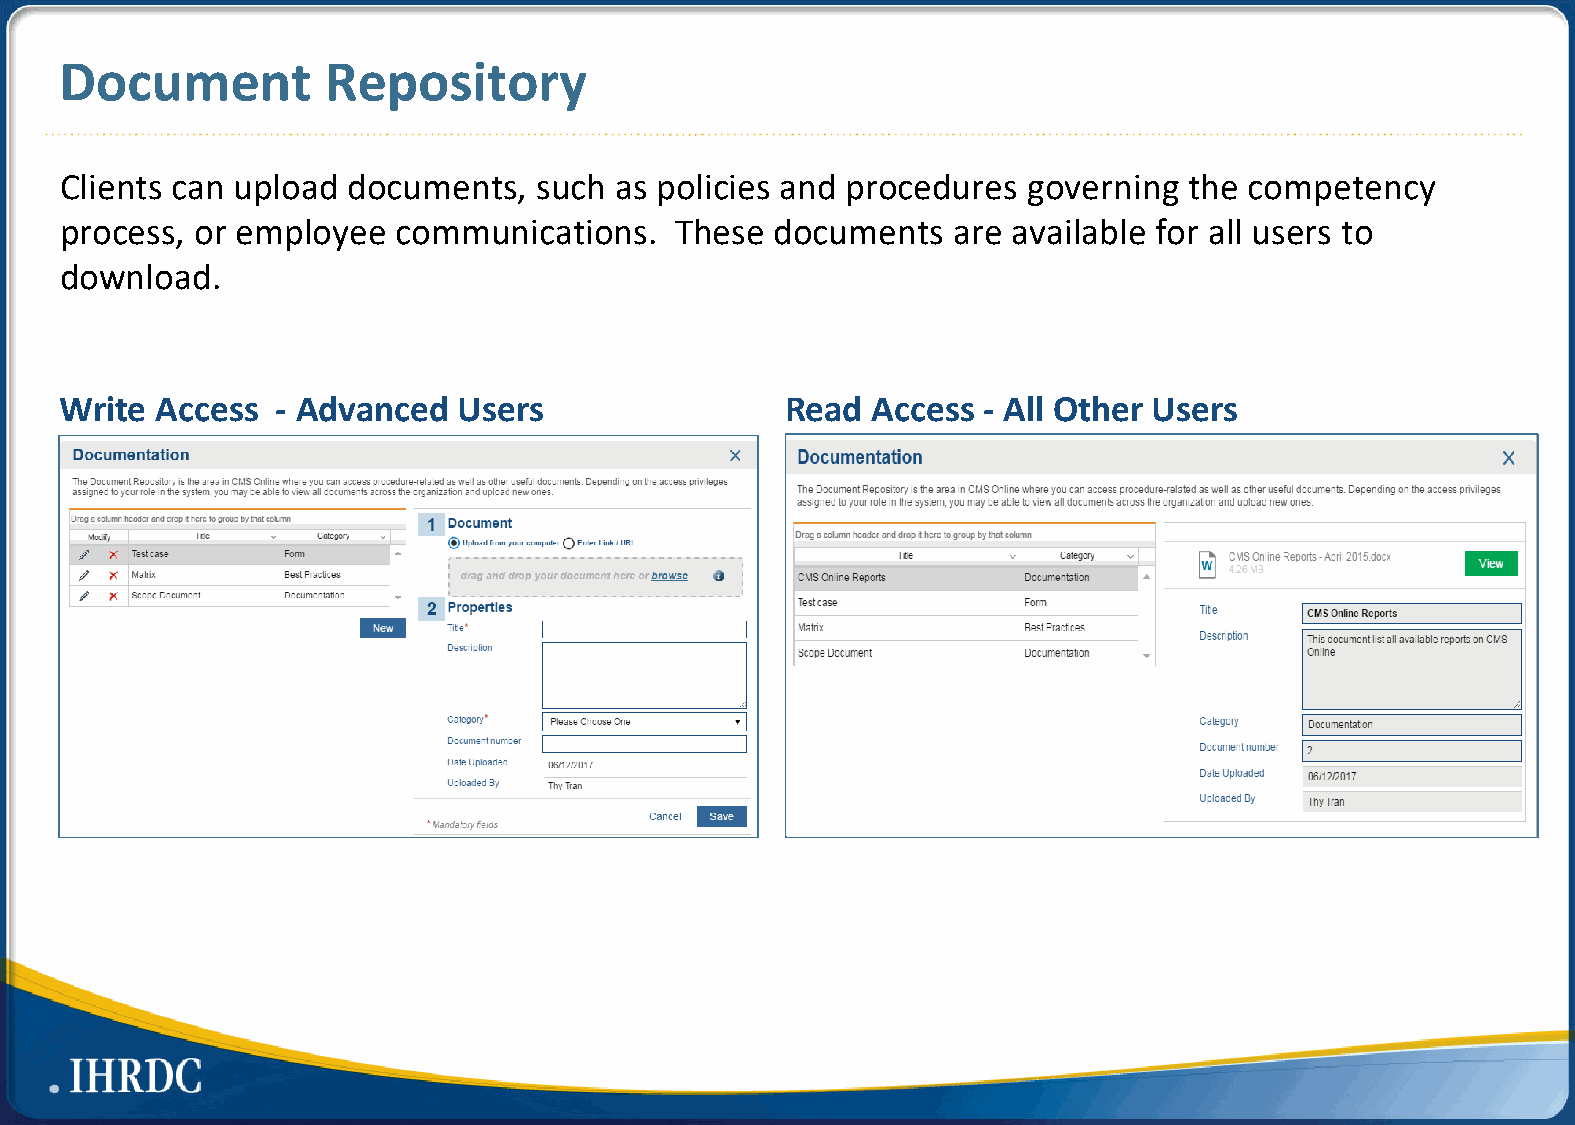
Document          Repository
 Clients can upload documents,   such as policies and procedures governing  the competency
 process, or employee  communications.    These documents   are available for all users to
 download.
 Write Access  - Advanced  Users                 Read  Access - All Other Users